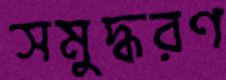
সমুদ্ধরণ